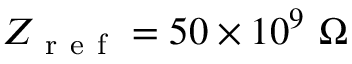
Z _ { \mathrm { ~ r ~ e ~ f ~ } } = 5 0 \times 1 0 ^ { 9 } ~ \Omega